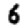
Digit: 6